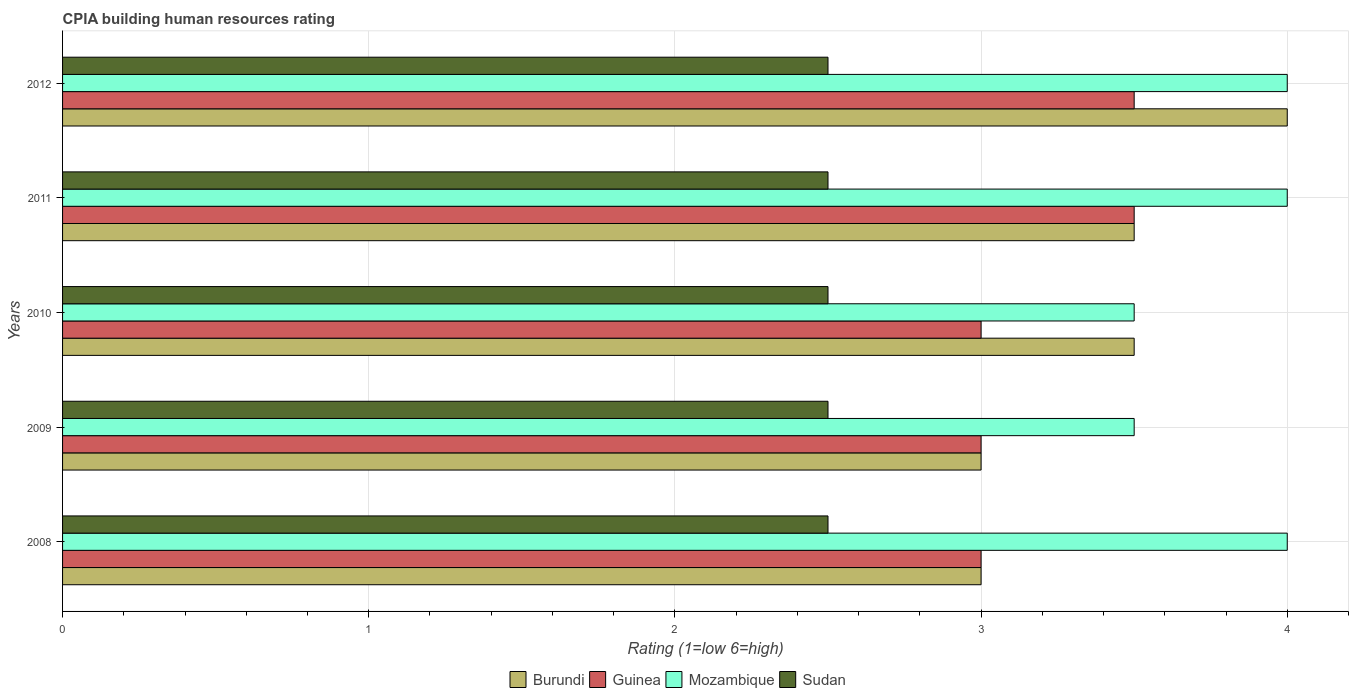
| Years | Burundi | Guinea | Mozambique | Sudan |
 | --- | --- | --- | --- | --- |
 | 2008 | 3 | 3 | 4 | 2.5 |
 | 2009 | 3 | 3 | 3.5 | 2.5 |
 | 2010 | 3.5 | 3 | 3.5 | 2.5 |
 | 2011 | 3.5 | 3.5 | 4 | 2.5 |
 | 2012 | 4 | 3.5 | 4 | 2.5 |